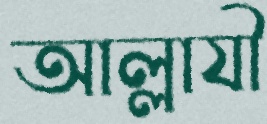
আল্লাযী